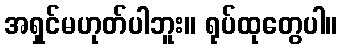
အရှင်မဟုတ်ပါဘူး။ ရုပ်ထုတွေပါ။